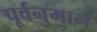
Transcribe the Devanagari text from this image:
पूर्वनुमान